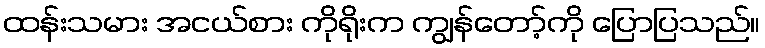
ထန်းသမား အငယ်စား ကိုရိုးက ကျွန်တော့်ကို ပြောပြသည်။